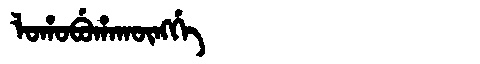
Manchu: ᠯᠣᡥᠣᠪᡠᡥᠠᡴᡡᠩᡤᡝ
Romanization: LOHOBUHAKŪNGGE